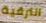
الترقية